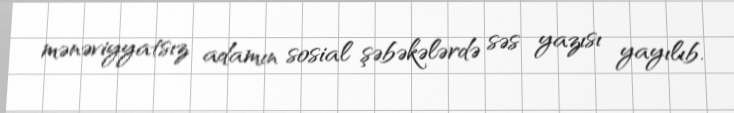
mənəviyyatsız adamın sosial şəbəkələrdə səs yazısı yayılıb.